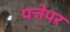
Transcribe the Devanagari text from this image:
पत्तेपर